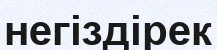
негіздірек